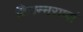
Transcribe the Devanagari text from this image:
विपन्नराणां